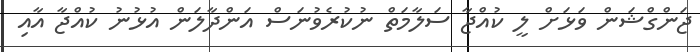
ޖަންގްޝަން ވަޅަށް ލީ ކުއްޖާ ސަލާމަތް ނުކުރެވުނަސް އަންދާލަން އުޅުނު ކުއްޖާ އާއި